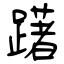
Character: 躇